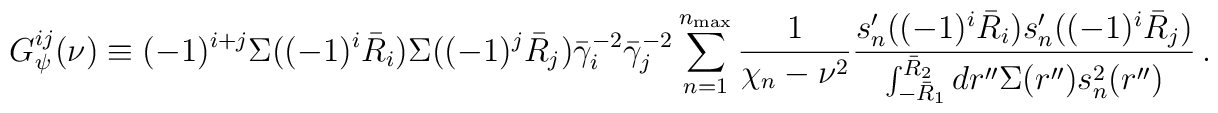
G^{ij}_\psi(\nu) \equiv (-1)^{i+j} \Sigma((-1)^i \bar R_i)\Sigma((-1)^j \bar R_j) \bar\gamma_i^{-2} \bar\gamma_j^{-2}\sum_{n=1}^{n_{{\rm max}}} \frac{1}{\chi_n - \nu^2}\frac{s_n'((-1)^i \bar R_i) s_n'((-1)^i \bar R_j)}{\int_{-\bar R_1}^{\bar R_2} dr'' \Sigma(r'') s_n^2(r'')} \,.